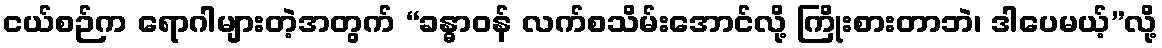
ငယ်စဉ်က ရောဂါများတဲ့အတွက် “ခန္ဓာဝန် လက်စသိမ်းအောင်လို့ ကြိုးစားတာဘဲ၊ ဒါပေမယ့်”လို့